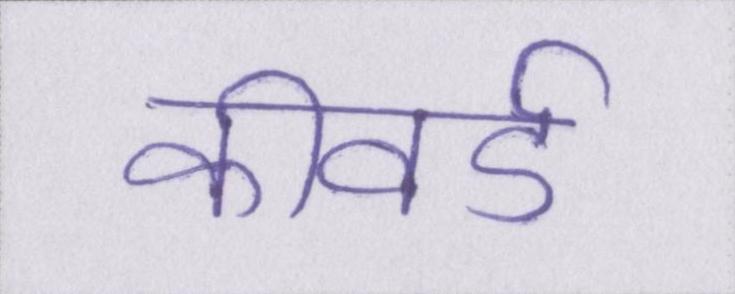
कीवर्ड